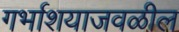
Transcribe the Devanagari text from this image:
गर्भाशयाजवळील